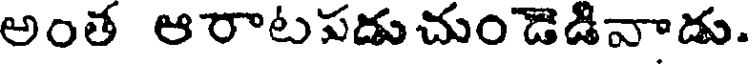
అంత ఆరాటపడుచుండెడినాడు.